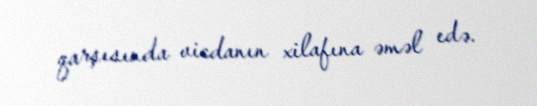
qarşısında vicdanın xilafına əməl edə.